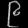
Digit: ၉